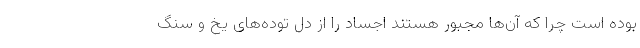
بوده است چرا که آن‌ها مجبور هستند اجساد را از دل توده‌های یخ و سنگ